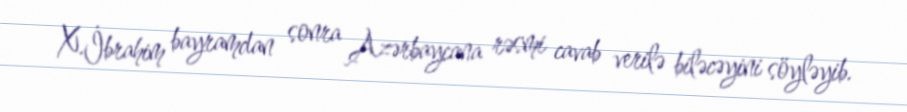
X.İbrahim bayramdan sonra Azərbaycana rəsmi cavab verilə biləcəyini söyləyib.